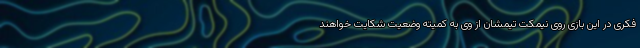
فکری در این بازی روی نیمکت تیمشان از وی به کمیته وضعیت شکایت خواهند